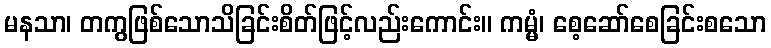
မနသာ၊ တကွဖြစ်သောသိခြင်းစိတ်ဖြင့်လည်းကောင်း။ ကမ္မံ၊ စေ့ဆော်စေခြင်းစသော